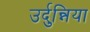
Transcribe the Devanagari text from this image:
उर्दुन्निया